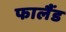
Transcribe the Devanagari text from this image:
फालैंड